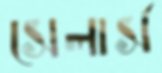
সেলার্স